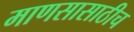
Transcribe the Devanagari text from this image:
माणसासाठीच